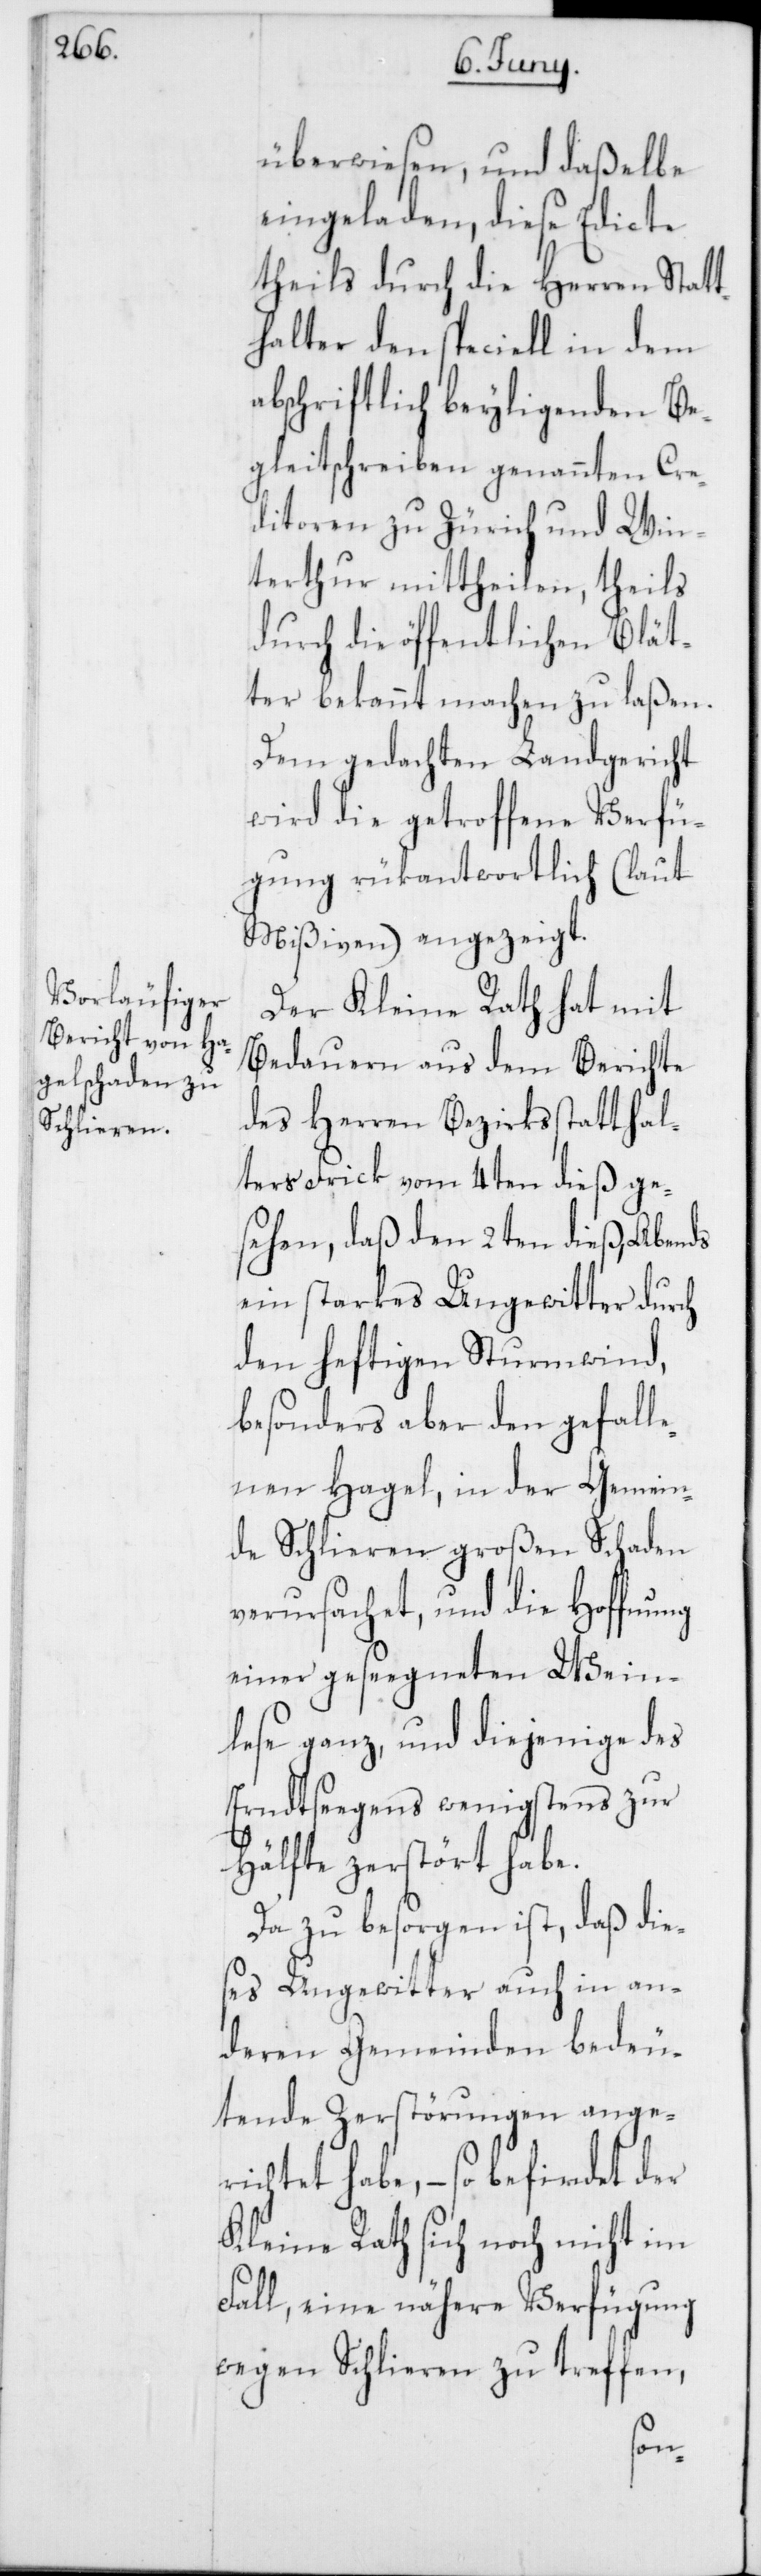
überwiesen, und daßelbe
eingeladen, diese Edicte
theils durch die Herren Statt¬
halter den speciell in dem
abschriftlich beyligenden Be¬
gleitschreiben genannten Cre¬
ditoren zu Zürich und Win¬
terthur mittheilen, theils
durch die öffentlichen Blät¬
ter bekannt machen zu laßen.
Dem gedachten Landgericht
wird die getroffene Verfü¬
gung rükantwortlich (laut
Mißiven) angezeigt.
Der Kleine Rath hat mit
Bedauern aus dem Berichte
des Herren Bezirksstatthal¬
ters Frick vom 4ten dieß ge¬
sehen, daß den 2ten dieß, Abends
ein starkes Ungewitter durch
den heftigen Sturmwind,
besonders aber den gefalle¬
nen Hagel, in der Gemein¬
de Schlieren großen Schaden
verursachet, und die Hoffnung
einer geseegneten Wein¬
lese ganz, und diejenige des
Erndtseegens wenigstens zur
Hälfte zerstört habe.
Da zu besorgen ist, daß die¬
ses Ungewitter auch in an¬
deren Gemeinden bedeu¬
tende Zerstörungen ange¬
richtet habe, – so befindet der
Kleine Rath sich noch nicht im
Fall, eine nähere Verfügung
wegen Schlieren zu treffen,